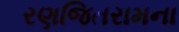
રણજિતરામના